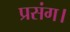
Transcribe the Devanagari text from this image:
प्रसंग।